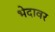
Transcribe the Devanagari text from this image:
भेदावर